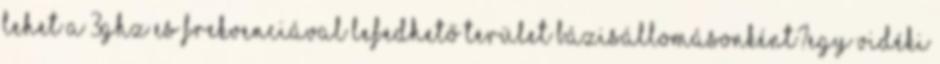
lehet a 3GHz es frekvenciával lefedhető terület bázisállomásonként?Egy vidéki